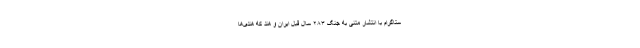
ستاگرامِ با انتشار متنی به جنگ ۲۸۳ سال قبل ایران و هند که هندی‌ها